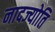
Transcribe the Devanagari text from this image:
नादज्योति